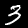
Digit: 3